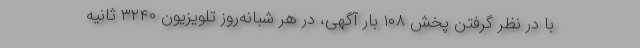
با در نظر گرفتن پخش ۱۰۸ بار آگهی، در هر شبانه‌روز تلویزیون ۳۲۴۰ ثانیه